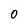
Character: 0